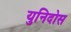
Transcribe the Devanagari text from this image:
युनिदोस